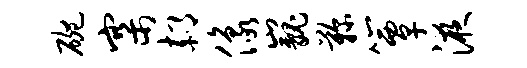
碗寨郝像巍鞠簟液